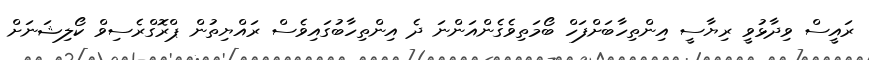
ރައީސް ވިދާޅުވީ ރިޔާސީ އިންތިހާބަށްފަހް ބޯމަތިވެގެންއަންނަ ދެ އިންތިހާބުގައިވެސް ރައްޔިތުން ޕްރޮގްރެސިވް ކޯލިޝަނަށް